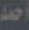
أحمد